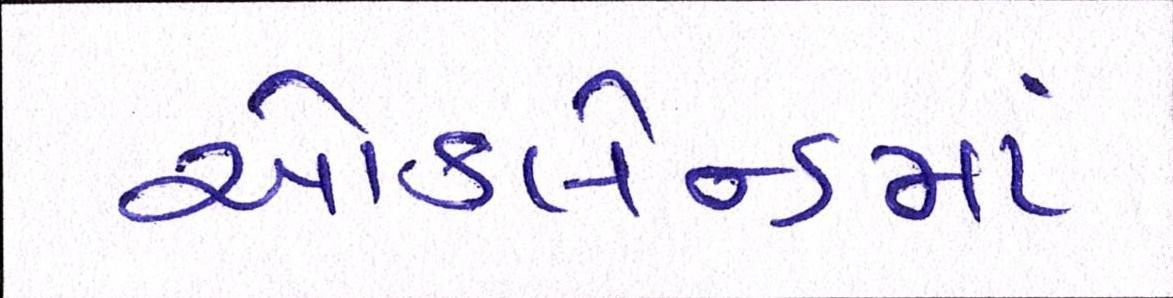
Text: ઑકલેન્ડમાં